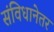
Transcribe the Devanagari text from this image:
संविधानेतर